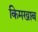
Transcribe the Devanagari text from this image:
किमखाब